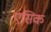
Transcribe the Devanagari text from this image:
एसिक